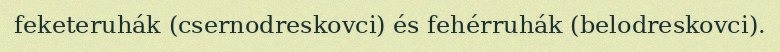
feketeruhák (csernodreskovci) és fehérruhák (belodreskovci).